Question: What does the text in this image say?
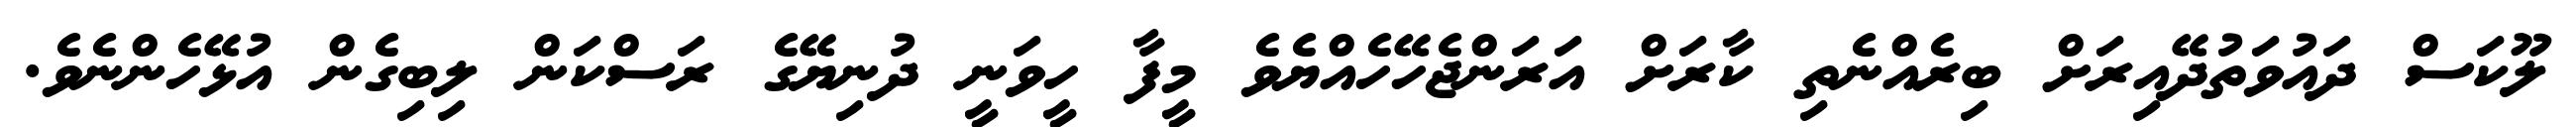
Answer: ލޫކަސް ދައުވަތުދޭއިރަށް ބިރެއްނެތި ކާރަށް އަރަންޖެހޭހެއްޔެވެ މީފާ ހީވަނީ ދުނިޔޭގެ ރަސްކަން ލިބިގެން އުޅޭހެންނެވެ.